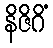
နိဇိဂိံ